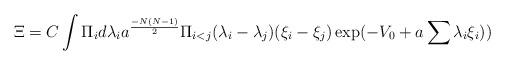
\begin{align*}\Xi = C\int \Pi_{i} d\lambda_{i} a^{{-N(N-1)\over 2}}\Pi_{i<j} (\lambda_{i} - \lambda_{j})(\xi_{i} - \xi_{j}) \exp ( -V_{0} + a\sum\lambda_{i}\xi_{i} ))\end{align*}